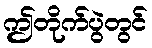
ဤတိုက်ပွဲတွင်